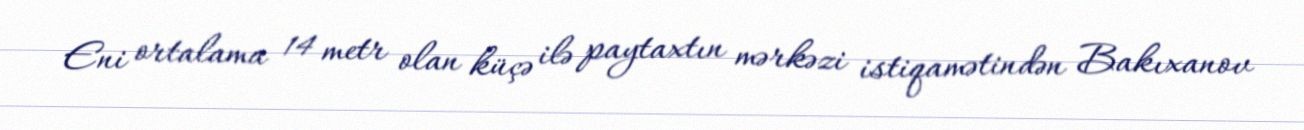
Eni ortalama 14 metr olan küçə ilə paytaxtın mərkəzi istiqamətindən Bakıxanov